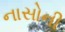
નાસોની